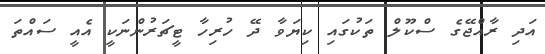
އަދި ރާއްޖޭގެ ސްކޫލް ތަކުގައި ކިޔަވާ ދޭ ހުރިހާ ޓީޗަރުންނަކީ އެއީ ސައްތަ